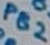
Text: PB2